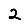
Digit: 2